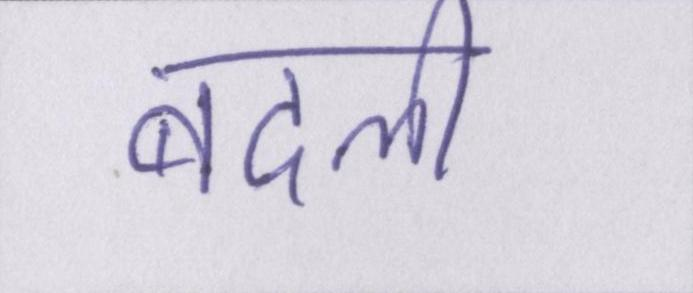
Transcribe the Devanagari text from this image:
बदली